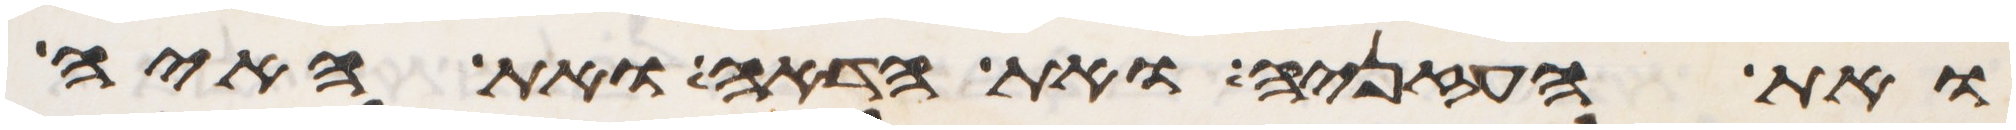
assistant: ואת העזניה ואת הדאה ואת האיה